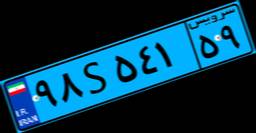
۹۸S۵۴۱۵۹